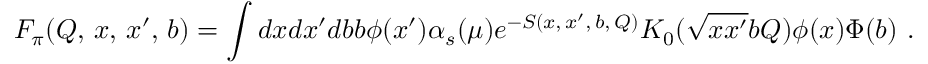
{ \cal F } _ { \pi } ( Q , \, x , \, x ^ { \prime } , \, b ) = \int d x d x ^ { \prime } d b b \phi ( x ^ { \prime } ) \alpha _ { s } ( \mu ) e ^ { - S ( x , \, x ^ { \prime } , \, b , \, Q ) } K _ { 0 } ( \sqrt { x x ^ { \prime } } b Q ) \phi ( x ) \Phi ( b ) \ .